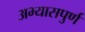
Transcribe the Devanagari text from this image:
अभ्यासपुर्ण